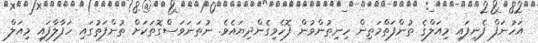
އަހުނަފް ފެނިފައި މިއަލްގެ ތުންފަތްމަތިން ހިނިތުންވުން ފޮހެވިގެންދިޔައެވެ. ނުތަނަވަސްގޮތަކަށް ތުންފަތުގައި ހަފާލާފައި މިއަލް